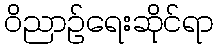
ဝိညာဉ်ရေးဆိုင်ရာ